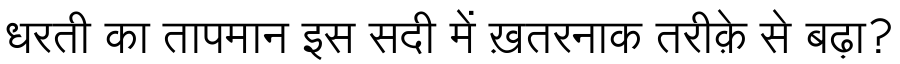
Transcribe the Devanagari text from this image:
धरती का तापमान इस सदी में ख़तरनाक तरीक़े से बढ़ा?